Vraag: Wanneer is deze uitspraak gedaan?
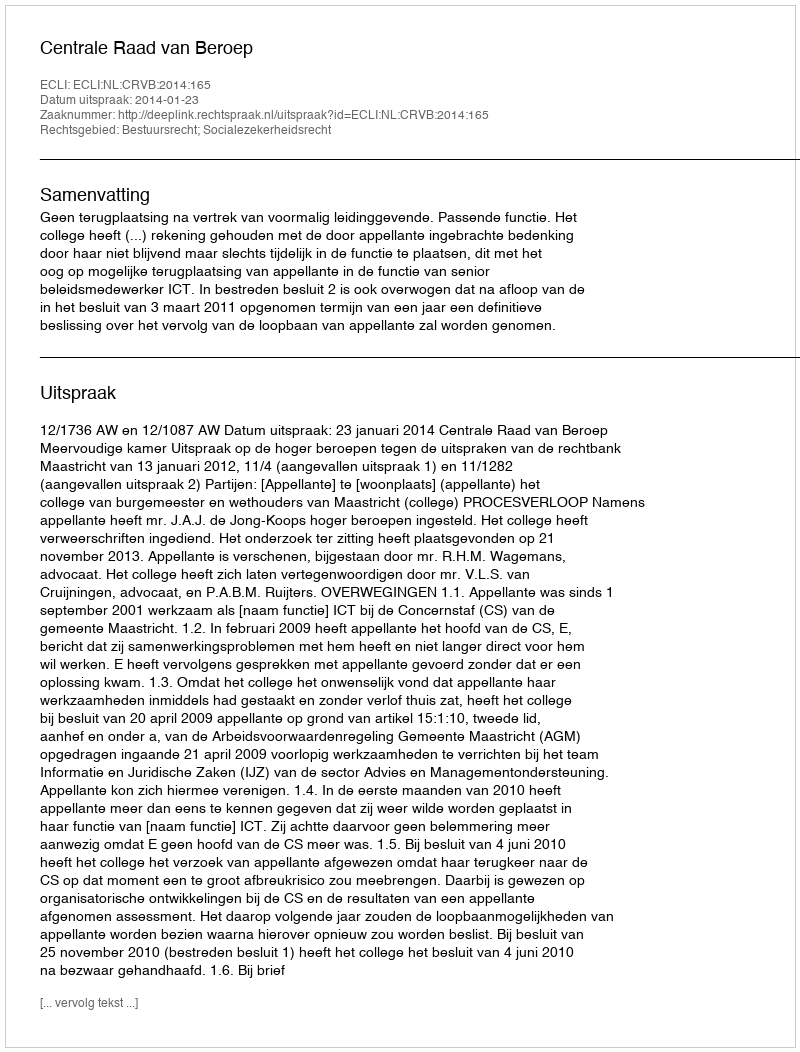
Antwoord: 2014-01-23